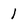
Character: I